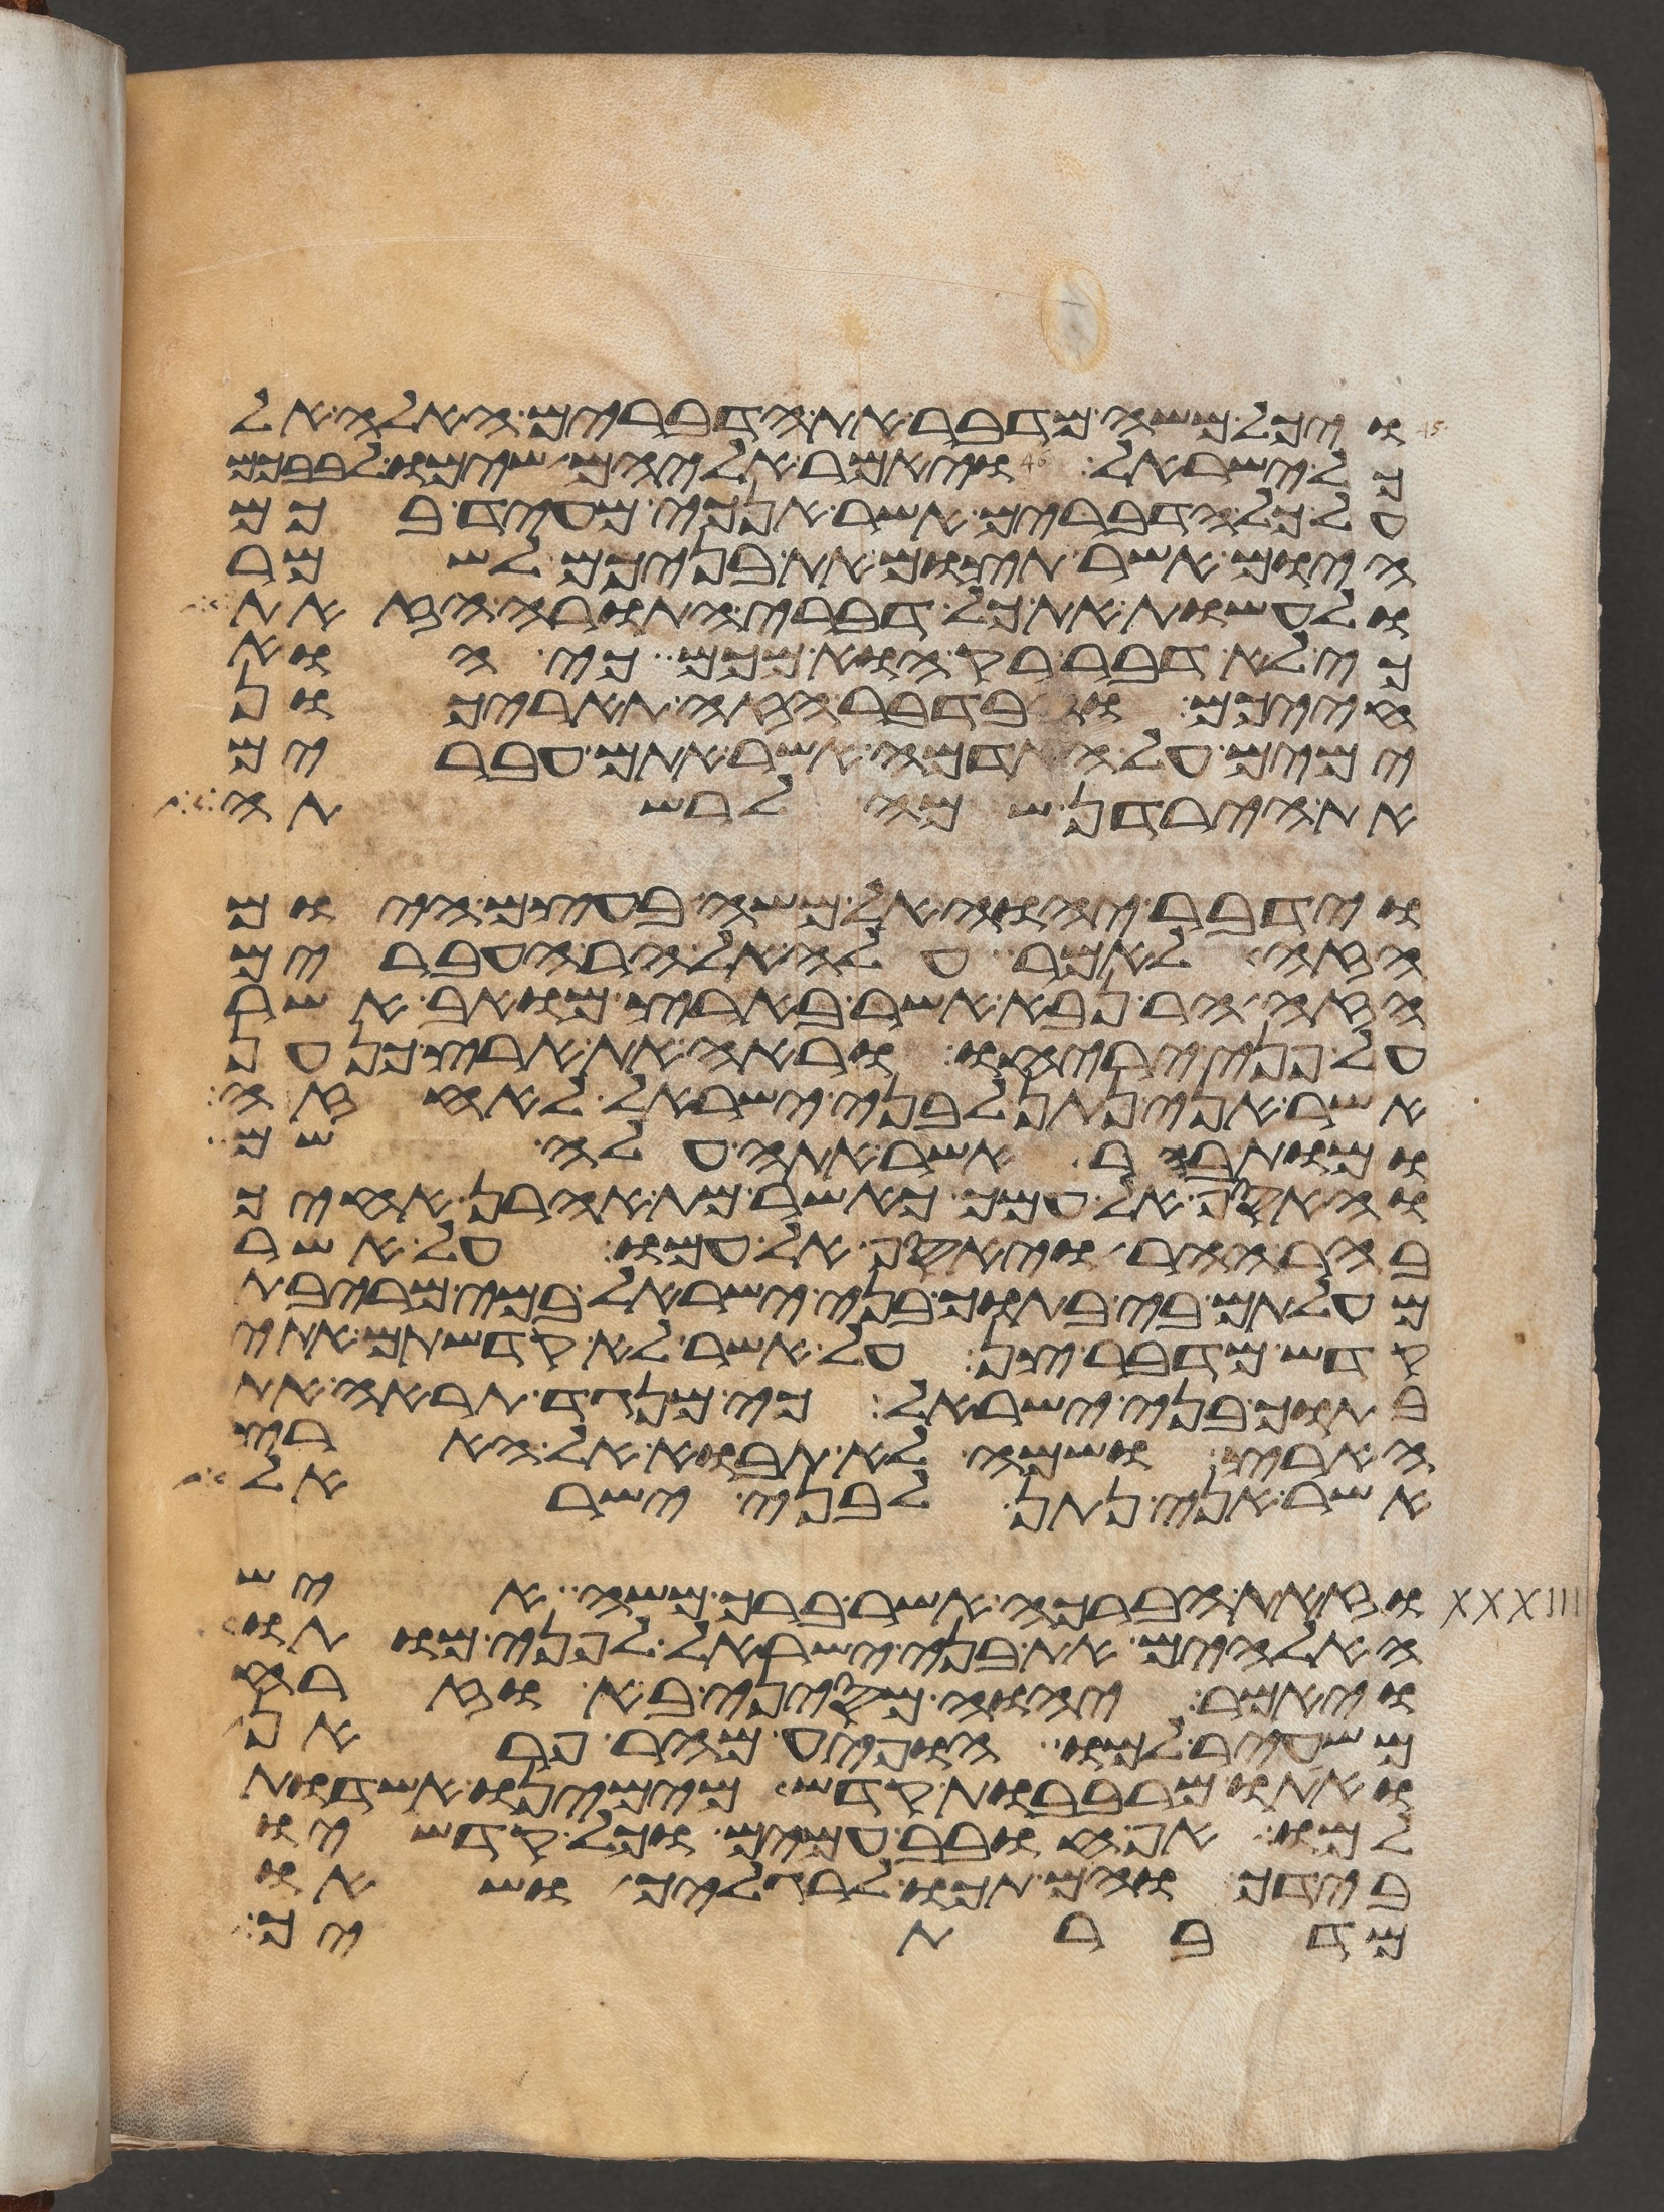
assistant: ויכל משה מדבר את הדברים האלה אל
כל ישראל ויאמר אליהם שימו לבבכם
על כל הדברים אשר אנכי מעיד בכם
היום אשר תצום את בניכם לשמר
ולעשות את כל דברי התורה הזאת
כי לא דבר רק הוא מכם כי הוא
חייכם ובדבר הזה תאריכון
ימים על האדמה אשר אתם עברים
את הירדן שמה לרשתה
וידבר יהוה אל משה בעצם היום
הזה לאמר עלה אל הר העברים
הזה הר נבא אשר בארץ מואב אשר
על פני יריחו וראה את ארץ כנען
אשר אני נתן לבני ישראל לאחזה
ומות בהר אשר אתה עלה שמה
והאסף אל עמך כאשר מת אהרן אחיך
בהר ההר ויאסף אל עמו על אשר
מעלתם בי בתוך בני ישראל במי מריבת
קדש מדבר צן על אשר לא קדשתם אתי
בתוך בני ישראל כי מנגד תראה את
הארץ ושמה לא תבוא אל הארץ
אשר אני נתן לבני ישראל
וזאת הברכה אשר ברך משה איש
האלהים את בני ישראל לפני מותו
ויאמר יהוה מסיני בא וזרח
משעיר למו הופיע מהר פראן
ואתו מרבבות קדש מימינו אשדות
למו אף חובב עמים וכל קדשיו
בידך והם תכו לרגליך ושאו
מדברתך